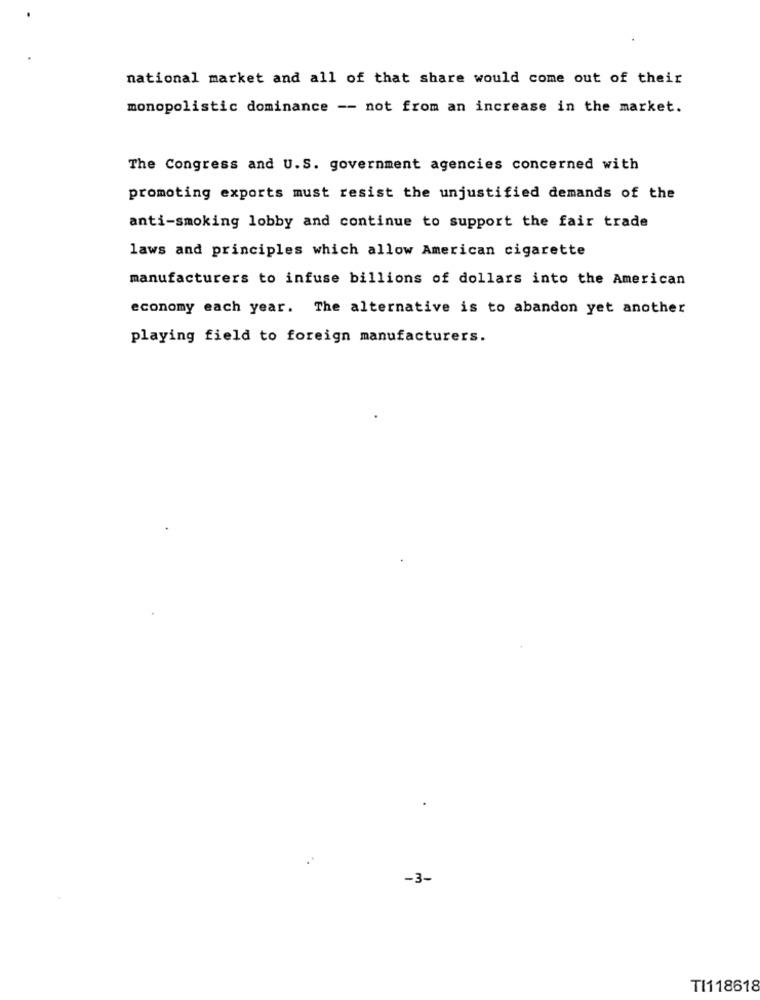
national market and all of that share would come out of their
monopolistic dominance -- not from an increase in the market.
The Congress and U.S. government agencies concerned with
promoting exports must resist the unjustified demands of the
anti-smoking lobby and continue to support the fair trade
laws and principles which allow American cigarette
manufacturers to infuse billions of dollars into the American
economy each year. The alternative is to abandon yet another
playing field to foreign manufacturers.
-3-
TI118618